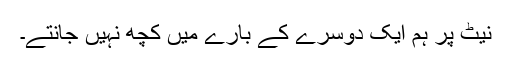
نیٹ پر ہم ایک دوسرے کے بارے میں کچھ نہیں جانتے۔